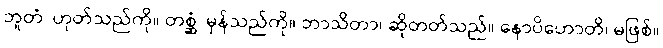
ဘူတံ၊ ဟုတ်သည်ကို။ တစ္ဆံ၊ မှန်သည်ကို။ ဘာသိတာ၊ ဆိုတတ်သည်။ နောပိဟောတိ၊ မဖြစ်။